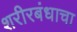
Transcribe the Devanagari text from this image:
शरीरबंधाचा